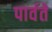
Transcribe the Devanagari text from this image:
पार्वते